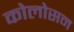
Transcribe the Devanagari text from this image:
कोलोसन